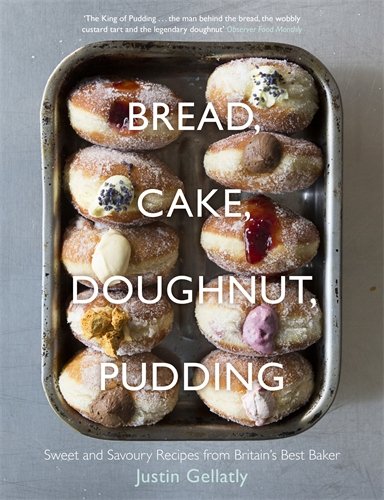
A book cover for Bread Cake Doughnut Pudding: Sweet And Savoury Recipes From Britain's Best Baker; Justin Gellatly; Cookbooks, Food & Wine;